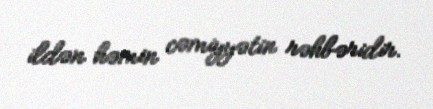
ildən həmin cəmiyyətin rəhbəridir.